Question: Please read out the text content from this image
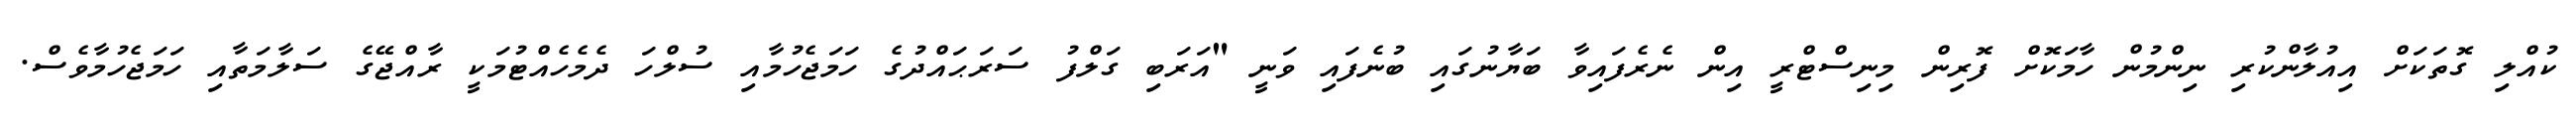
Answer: ކުއްލި ގޮތަކަށް އިއުލާންކުރި ނިންމުން ހާމަކޮށް ފޮރިން މިނިސްޓްރީ އިން ނެރެފައިވާ ބަޔާނުގައި ބުނެފައި ވަނީ "އަރަބި ގަލްފު ސަރަޙައްދުގެ ހަމަޖެހުމާއި ސުލްހަ ދެމެހެއްޓުމަކީ ރާއްޖޭގެ ސަލާމަތާއި ހަމަޖެހުމާވެސް.